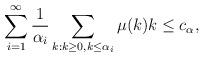
LaTeX: \begin{align*}\sum\limits _{i=1} ^{\infty} \frac{1}{\alpha_i} \sum\limits _{k: k \geq 0, k \leq \alpha_i} \mu (k)k \leq c_{\alpha},\end{align*}